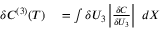
\begin{array} { r l } { \delta C ^ { ( 3 ) } ( T ) } & { { } = \int \delta U _ { 3 } \left| \frac { \delta C } { \delta U _ { 3 } } \right| ~ d X } \end{array}